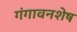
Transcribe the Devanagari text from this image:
गंगावनशेष